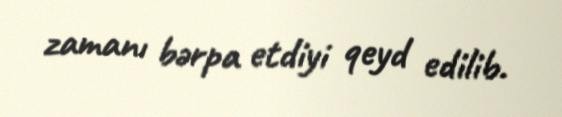
zamanı bərpa etdiyi qeyd edilib.